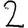
Digit: 2